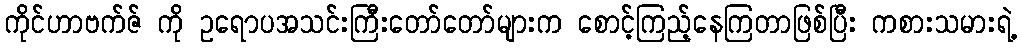
ကိုင်ဟာဗက်ဇ် ကို ဥရောပအသင်းကြီးတော်တော်များက စောင့်ကြည့်နေကြတာဖြစ်ပြီး ကစားသမားရဲ့